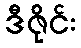
ဒီဇိုင်း